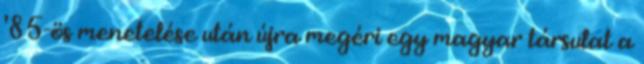
'85-ös menetelése után újra megéri egy magyar társulat a